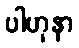
ပါဟုနာ